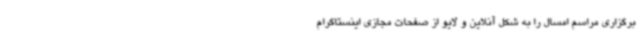
برگزاری مراسم امسال را به شکل آنلاین و لایو از صفحات مجازی اینستاگرام